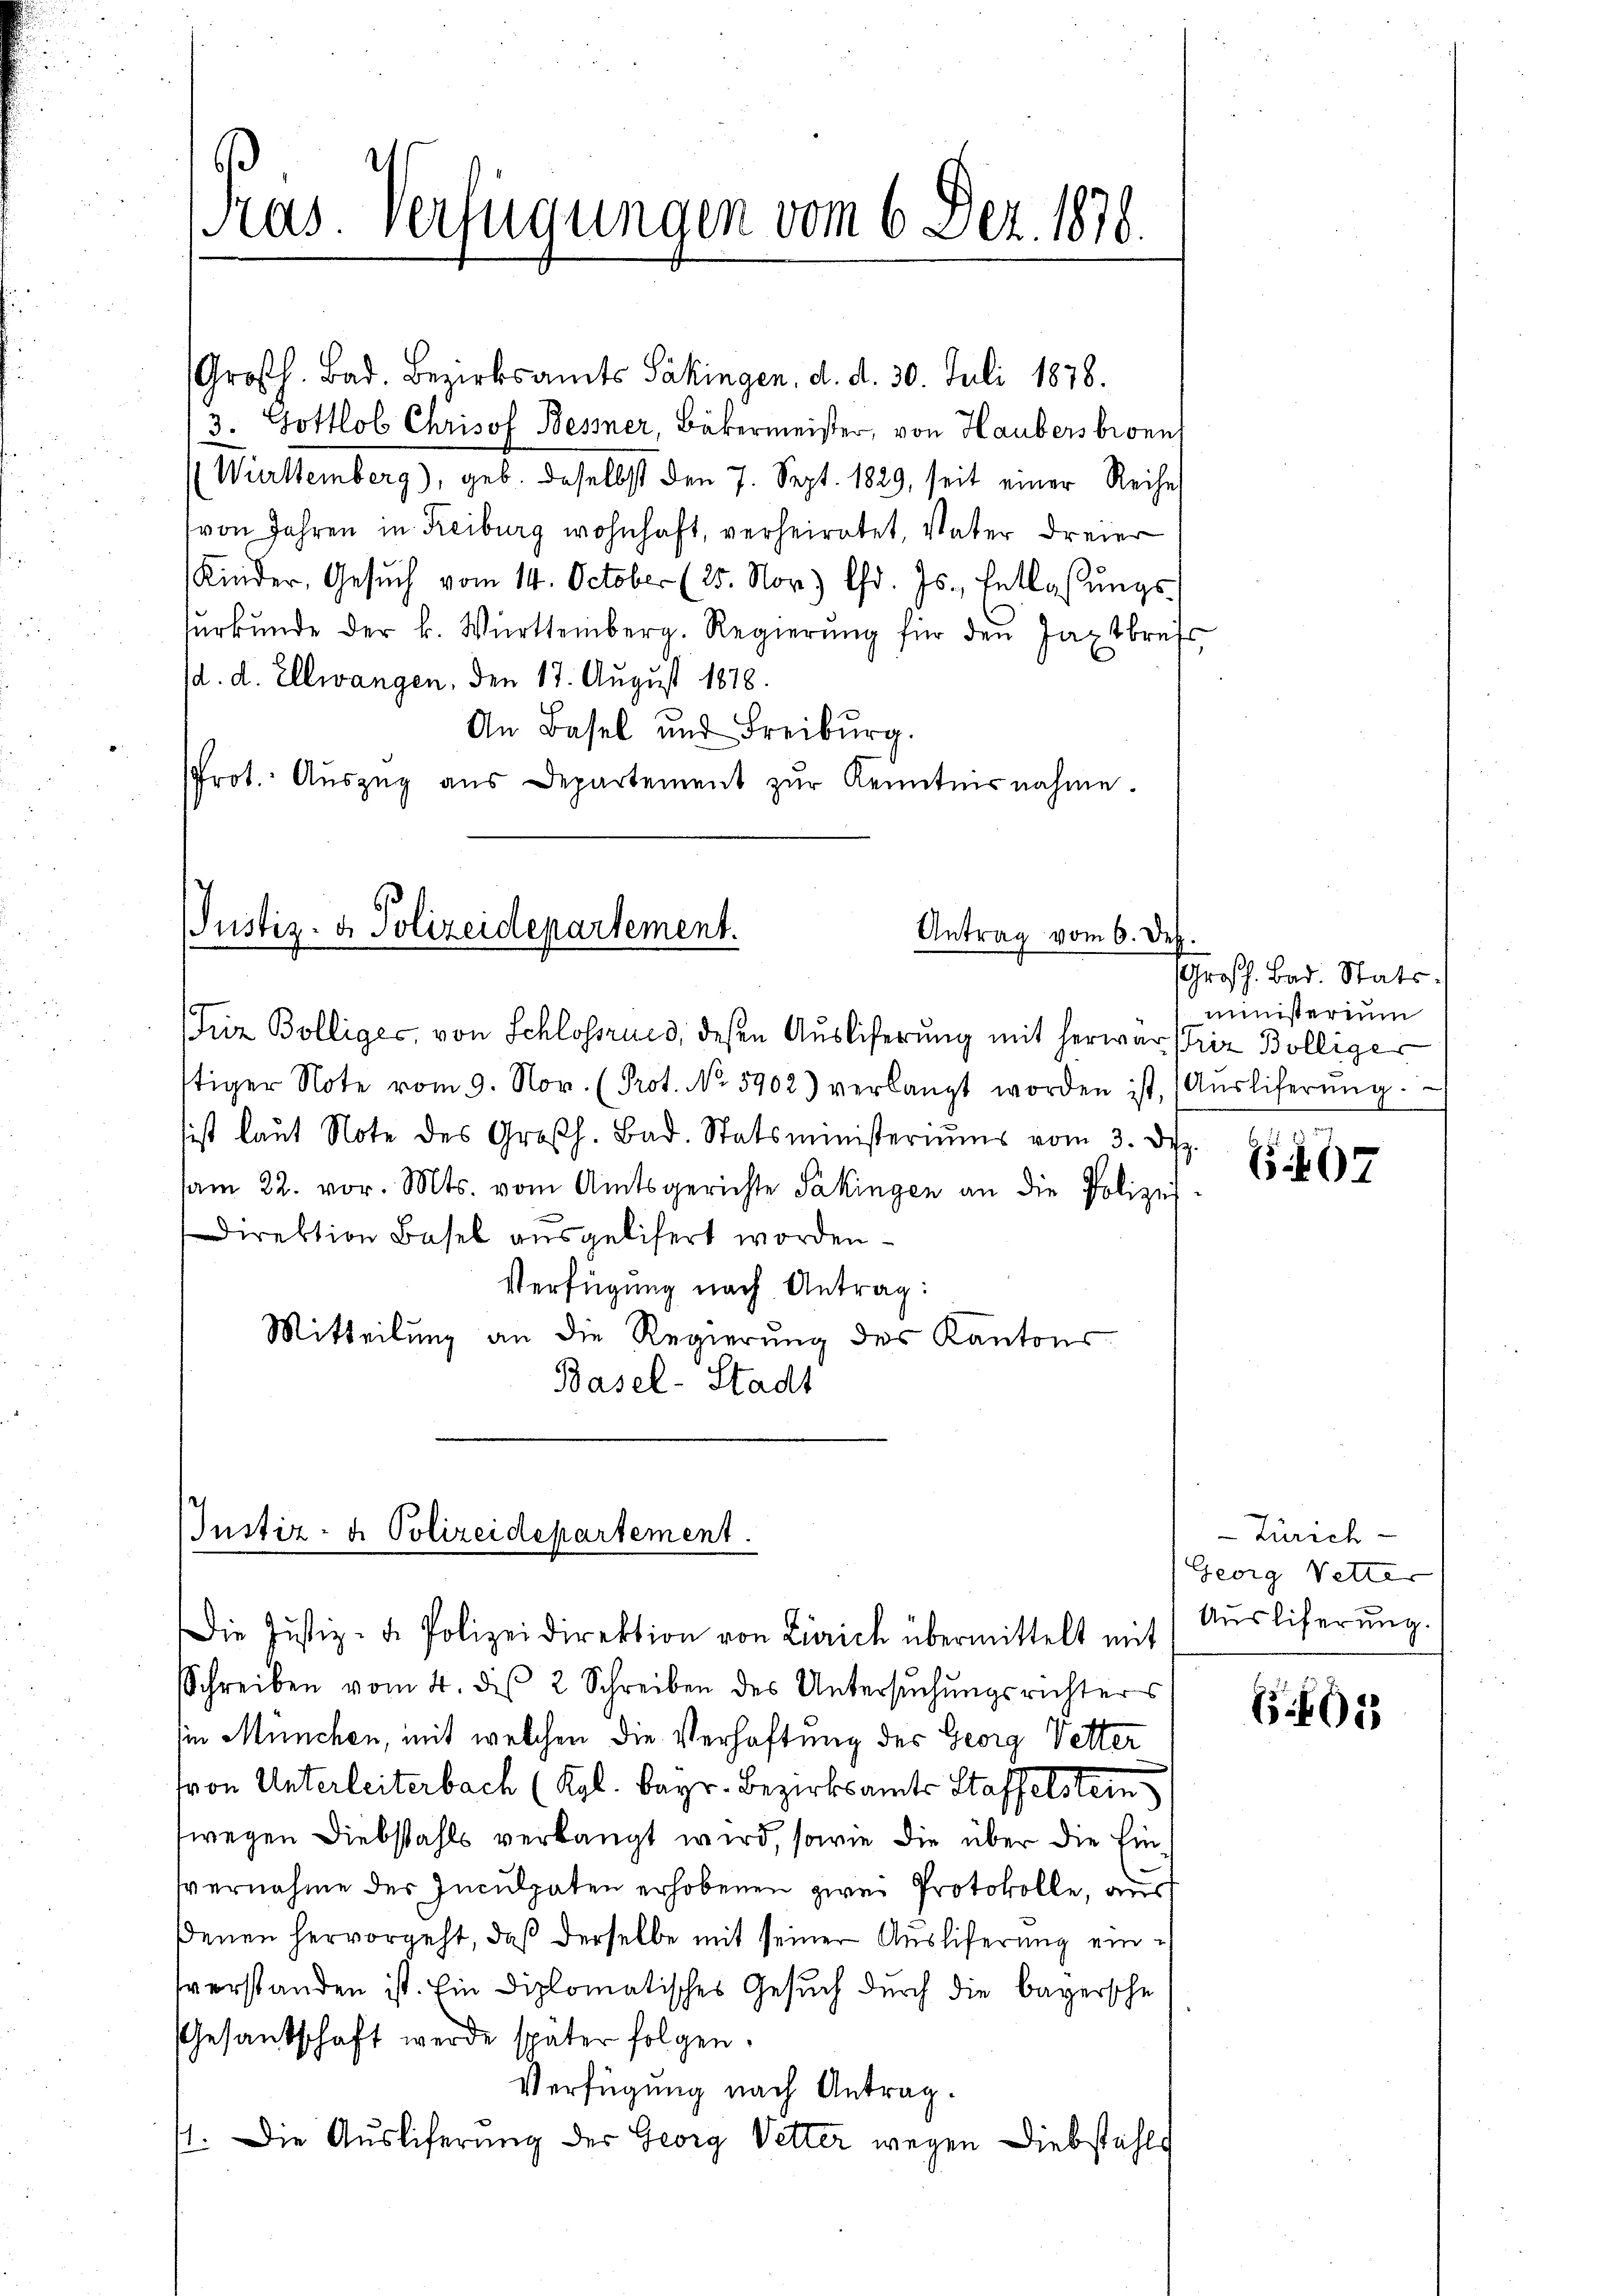
Pras. Verfügungen vom 6. Dez. 1878.

Großh. Bad. Bezirksamts Säkingen, d. d. 30. Juli 1878.
3. Gottlob Chrisof Bessner, Bäkermeister, von Haubers bien
Wirttemberg), geb. daselbst den 7. Sept. 1829, seit einer Reihe
von Jahren in Reiburg wohnhaft, verheiratet, Vater dreier
Kinder, Gesŭch vom 14. October (25. Nov. Chr. Js. Entlassŭngs-
sŭrkŭnde der k. Württemberg. Regierŭng für den Jaxtbrefs,
d. d. Ellwangen, den 17. August 1878.
An Basel und Freiburg.
PProt. Aŭszŭg aŭs Departement zŭr Kenntnisnahme.

Justiz- & Polizeidepartement.
Antrag vom 6. Dez.

Friz Bolliger, von Schlossrued, dessen Auslieferung mit herwar striz Bölliger
stiger Note vom 9. Nov. (Prot. No. 5902) verlangt worden ist, (Aŭsliferŭng.
sist laŭt Note des Großh. Bad. Statsministeriums vom 3. Dez.
am 22. vor. Mts. vom Amtsgerichte Säkingen an die Polizei
Direktion Basel ausgelisert worden.
Verfügung nach Antrag:
Mitteilung an die Regierung des Kantons
Basel-Stadt

Justiz- u. Polizeidepartement.

Die Justiz- u. Polizeidirektion von Zürich übermittelt mit
Schreiben vom 4. dis 2 Schreiben des Untersŭchŭngsrichters
in München, mit welchen die Verhaftung des Georg Vetter
fron Unterleiterbach (Kgl. Bayr. Bezirksamts Staffelstein
fwegen Diebstahls verlangt wird, sowie die über die Einvernahme der Inculpaten erhobenen zwei Protokolle, aus
denen hervorgeht, daß derselbe mit seiner Ausliferung einverstanden ist. Ein Diplomatisches Gesuch durch die bayersche
Gesandschaft werde später folgen.
Verfügung nach Antrag.
1. Die Auslieferung der Georg Vetter wegen Diebstahls

Großh. Bad. Stats
ministerium

47

Zürich
Georg Vetter
Ausliferung.

G.603